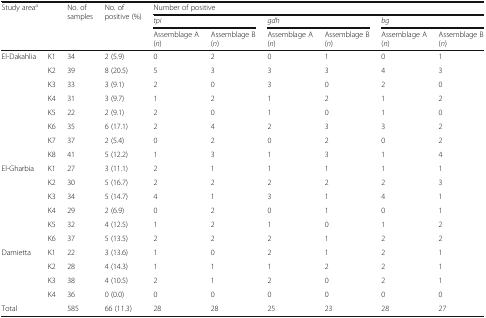
| <ROWSPAN=3-COLSPAN=2> Study areaa | <ROWSPAN=3> No. of samples | <ROWSPAN=3> No. of positive (%) | <COLSPAN=6> Number of positive |
 | <COLSPAN=2> tpi | <COLSPAN=2> gdh | <COLSPAN=2> bg |
 | Assemblage A (n) | Assemblage B (n) | Assemblage A (n) | Assemblage B (n) | Assemblage A (n) | Assemblage B (n) |
 | --- | --- | --- | --- | --- | --- | --- | --- | --- | --- |
 | <ROWSPAN=8> El-Dakahlia | K1 | 34 | 2 (5.9) | 0 | 2 | 0 | 1 | 0 | 1 |
 | K2 | 39 | 8 (20.5) | 5 | 3 | 3 | 3 | 4 | 3 |
 | K3 | 33 | 3 (9.1) | 2 | 0 | 3 | 0 | 2 | 0 |
 | K4 | 31 | 3 (9.7) | 1 | 2 | 1 | 2 | 1 | 2 |
 | K5 | 22 | 2 (9.1) | 2 | 0 | 1 | 0 | 1 | 0 |
 | K6 | 35 | 6 (17.1) | 2 | 4 | 2 | 3 | 3 | 2 |
 | K7 | 37 | 2 (5.4) | 0 | 2 | 0 | 2 | 0 | 2 |
 | K8 | 41 | 5 (12.2) | 1 | 3 | 1 | 3 | 1 | 4 |
 | <ROWSPAN=6> El-Gharbia | K1 | 27 | 3 (11.1) | 2 | 1 | 1 | 1 | 1 | 1 |
 | K2 | 30 | 5 (16.7) | 2 | 2 | 2 | 2 | 2 | 3 |
 | K3 | 34 | 5 (14.7) | 4 | 1 | 3 | 1 | 4 | 1 |
 | K4 | 29 | 2 (6.9) | 0 | 2 | 0 | 1 | 0 | 1 |
 | K5 | 32 | 4 (12.5) | 1 | 2 | 1 | 0 | 1 | 2 |
 | K6 | 37 | 5 (13.5) | 2 | 2 | 2 | 1 | 2 | 2 |
 | <ROWSPAN=4> Damietta | K1 | 22 | 3 (13.6) | 1 | 0 | 2 | 1 | 2 | 1 |
 | K2 | 28 | 4 (14.3) | 1 | 1 | 1 | 2 | 2 | 1 |
 | K3 | 38 | 4 (10.5) | 2 | 1 | 2 | 0 | 2 | 1 |
 | K4 | 36 | 0 (0.0) | 0 | 0 | 0 | 0 | 0 | 0 |
 | Total |  | 585 | 66 (11.3) | 28 | 28 | 25 | 23 | 28 | 27 |